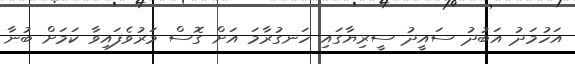
އަހުމަދު އަބުދު ސައީދު ސީރިޔާގައި ހަނގުރާމަ އަށް ގޮސް މަރުވެފައިވާ ކަމަށް ބުނާ